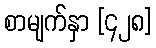
စာမျက်နှာ [၄၂၈]